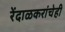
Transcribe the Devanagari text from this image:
रेंदाळकरांचेही